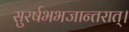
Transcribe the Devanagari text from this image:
सुरर्षभभजान्तरात्।